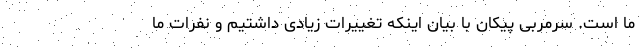
ما است. سرمربی پیکان با بیان اینکه تغییرات زیادی داشتیم و نفرات ما